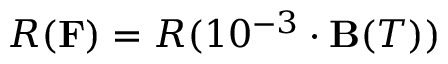
R ( { \bf F } ) = R ( 1 0 ^ { - 3 } \cdot { \bf B } ( T ) )